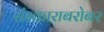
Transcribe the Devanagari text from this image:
संस्काराबरोबर